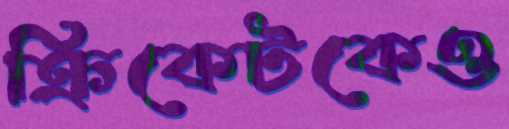
ক্রিকেটকেও